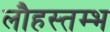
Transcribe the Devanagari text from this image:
लौहस्तम्भ